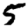
Digit: 5